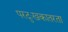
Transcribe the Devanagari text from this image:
परदुःखकातरता